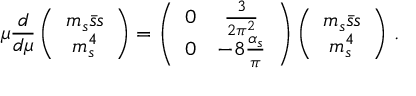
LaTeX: \mu \frac { d } { d \mu } \left( \begin{array} { c } { { m _ { s } \bar { s } s } } \\ { { m _ { s } ^ { 4 } } } \end{array} \right) = \left( \begin{array} { c c } { { 0 } } & { { \frac { 3 } { 2 \pi ^ { 2 } } } } \\ { { 0 } } & { { - 8 \frac { \alpha _ { s } } { \pi } } } \end{array} \right) \left( \begin{array} { c } { { m _ { s } \bar { s } s } } \\ { { m _ { s } ^ { 4 } } } \end{array} \right) \, .